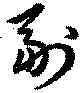
副